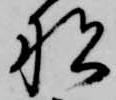
船